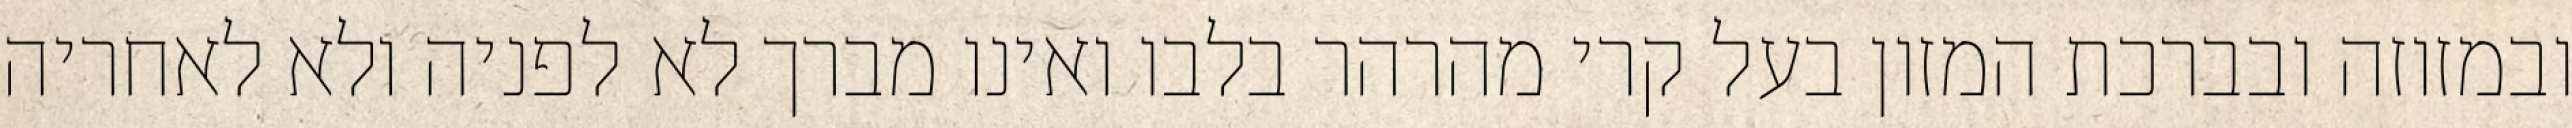
ובמזוזה ובברכת המזון בעל קרי מהרהר בלבו ואינו מברך לא לפניה ולא לאחריה